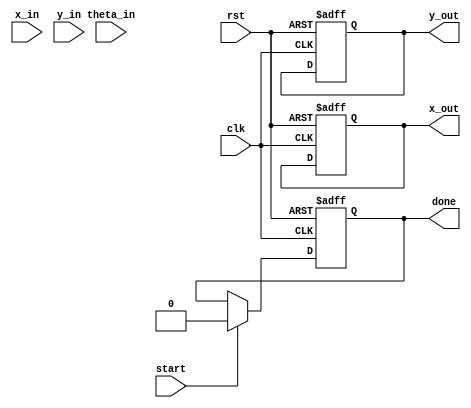
module CORDIC_Pipeline #(
    parameter WIDTH = 16,  // Bit width for X, Y, and theta
    parameter ITERATIONS = 16 // Number of CORDIC iterations
)(
    input wire clk,
    input wire rst,
    input wire start,
    input wire [WIDTH-1:0] theta_in, // Input angle
    input wire [WIDTH-1:0] x_in,      // Input X
    input wire [WIDTH-1:0] y_in,      // Input Y
    output reg [WIDTH-1:0] x_out,     // Output X
    output reg [WIDTH-1:0] y_out,     // Output Y
    output reg done                    // Done signal
);

    // CORDIC LUT for angles, in fixed-point representation
    reg [WIDTH-1:0] angle_table [0:ITERATIONS-1];
    initial begin
        angle_table[0] = 16'h1C71; // atan(2^-0)
        angle_table[1] = 16'h0D9A; // atan(2^-1)
        angle_table[2] = 16'h05A8; // atan(2^-2)
        angle_table[3] = 16'h028D; // atan(2^-3)
        angle_table[4] = 16'h0143; // atan(2^-4)
        angle_table[5] = 16'h00A2; // atan(2^-5)
        angle_table[6] = 16'h0051; // atan(2^-6)
        angle_table[7] = 16'h0029; // atan(2^-7)
        angle_table[8] = 16'h0014; // atan(2^-8)
        angle_table[9] = 16'h000A; // atan(2^-9)
        angle_table[10] = 16'h0005; // atan(2^-10)
        angle_table[11] = 16'h0002; // atan(2^-11)
        angle_table[12] = 16'h0001; // atan(2^-12)
        angle_table[13] = 16'h0001; // atan(2^-13)
        angle_table[14] = 16'h0000; // atan(2^-14)
        angle_table[15] = 16'h0000; // atan(2^-15)
    end

    reg [WIDTH-1:0] x_reg [0:ITERATIONS-1];
    reg [WIDTH-1:0] y_reg [0:ITERATIONS-1];
    reg [WIDTH-1:0] theta_reg [0:ITERATIONS-1];
    reg [3:0] stage;

    always @(posedge clk or posedge rst) begin
        if (rst) begin
            x_out <= 0;
            y_out <= 0;
            done <= 0;
            stage <= 0;
        end else if (start) begin
            // Initialize pipeline registers
            x_reg[0] <= x_in;
            y_reg[0] <= y_in;
            theta_reg[0] <= theta_in;
            stage <= 0;
            done <= 0;
        end else if (stage < ITERATIONS) begin
            // Perform CORDIC rotation
            if (theta_reg[stage][WIDTH-1] == 1'b0) begin // Counterclockwise
                x_reg[stage + 1] <= x_reg[stage] - (y_reg[stage] >>> stage);
                y_reg[stage + 1] <= y_reg[stage] + (x_reg[stage] >>> stage);
                theta_reg[stage + 1] <= theta_reg[stage] - angle_table[stage];
            end else begin // Clockwise
                x_reg[stage + 1] <= x_reg[stage] + (y_reg[stage] >>> stage);
                y_reg[stage + 1] <= y_reg[stage] - (x_reg[stage] >>> stage);
                theta_reg[stage + 1] <= theta_reg[stage] + angle_table[stage];
            end
            stage <= stage + 1;
        end else if (stage == ITERATIONS) begin
            // Final output assignment
            x_out <= x_reg[ITERATIONS];
            y_out <= y_reg[ITERATIONS];
            done <= 1;
        end
    end

endmodule